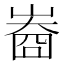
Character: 𡻲